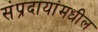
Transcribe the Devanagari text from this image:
संप्रदायांमधील